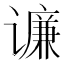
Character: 𲂕